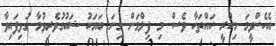
އެހެންވީމަ މިހުރީ ހައްތަހާ ވެސް މި ފިލްމަށް ގިނަ ބަޔަކު ޝައުގުވެރިވުމާ ގުޅިފައިވާ